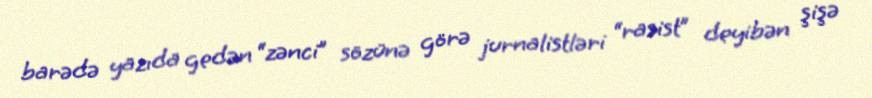
barədə yazıda gedən “zənci” sözünə görə jurnalistləri “rasist” deyibən şişə